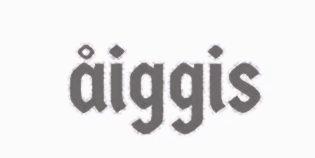
åiggis